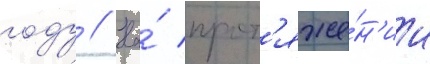
году // На́ прот'яже́н'ии